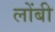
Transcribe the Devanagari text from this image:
लोंबी